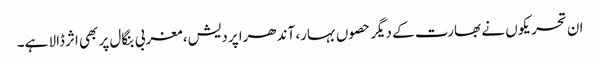
ان تحریکوں نے بھارت کے دیگر حصوں بہار، آندھرا پردیش، مغربی بنگال پر بھی اثرڈالا ہے۔